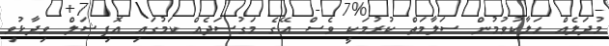
މުދަލެއް ހަލާކުވުމުން ސަލާމަތް ކުރުމަކީ ވެސް އޭގެ މަގުސަދެއް ކަމުގައި އޮފިޝަލް ވިދާޅުވި